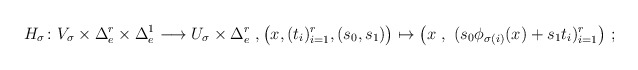
\begin{align*}H_\sigma \colon V_\sigma \times \Delta^r_e\times \Delta^1_e \longrightarrow U_\sigma \times \Delta^r_e~,\bigl(x,(t_i)_{i=1}^r,(s_0,s_1)\bigr)\mapsto\bigl(x~,~(s_0\phi_{\sigma(i)}(x)+s_1t_i)_{i=1}^{r}\bigr)~;\end{align*}